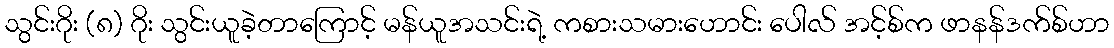
သွင်းဂိုး (၈) ဂိုး သွင်းယူခဲ့တာကြောင့် မန်ယူအသင်းရဲ့ ကစားသမားဟောင်း ပေါလ် အင့်စ်က ဖာနန်ဒက်စ်ဟာ